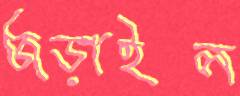
জড়াইল